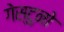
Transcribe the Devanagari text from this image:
गेस्टुनो